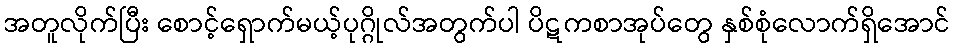
အတူလိုက်ပြီး စောင့်ရှောက်မယ့်ပုဂ္ဂိုလ်အတွက်ပါ ပိဋကစာအုပ်တွေ နှစ်စုံလောက်ရှိအောင်